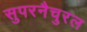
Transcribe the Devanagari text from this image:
सुपरनैचुरल